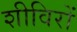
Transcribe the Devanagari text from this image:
शीविरों